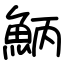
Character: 𩶁